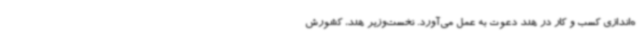
ه‌اندازی کسب و کار در هند دعوت به عمل می‌آورد. نخست‌وزیر هند، کشورش